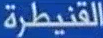
القنيطرة